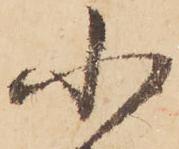
小